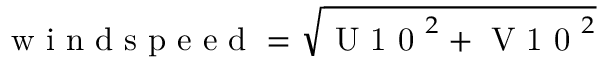
\mathrm { ~ w ~ i ~ n ~ d ~ s ~ p ~ e ~ e ~ d ~ } = \sqrt { \mathrm { ~ U ~ 1 ~ 0 ~ } ^ { 2 } + \mathrm { ~ V ~ 1 ~ 0 ~ } ^ { 2 } }